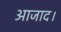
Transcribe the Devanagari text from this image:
आजाद।